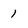
Character: 1